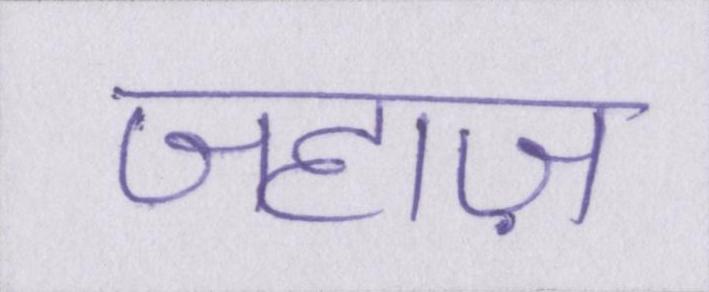
जहाज़